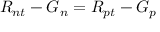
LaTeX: R _ { n t } - G _ { n } = R _ { p t } - G _ { p }